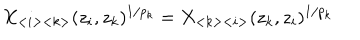
X _ { < i > < k > } ( z _ { i } , z _ { k } ) ^ { 1 / p _ { k } } = X _ { < k > < i > } ( z _ { k } , z _ { i } ) ^ { 1 / p _ { k } }